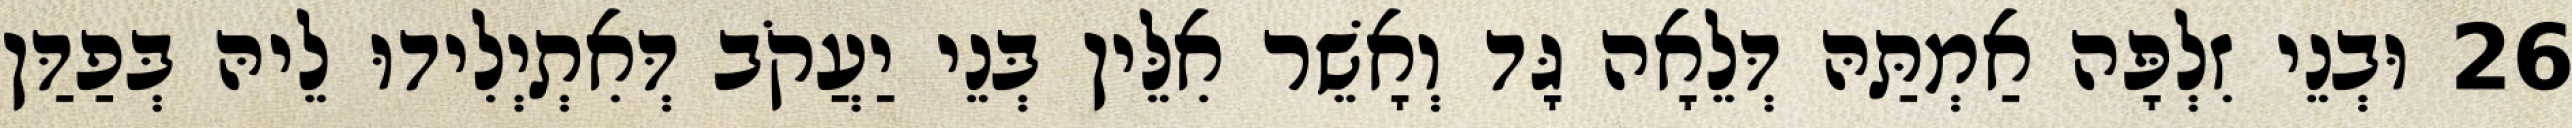
26 וּבְנֵי זִלְפָּה אַמְתַּהּ דְּלֵאָה גָּד וְאָשֵׁר אִלֵּין בְּנֵי יַעֲקֹב דְּאִתְיְלִידוּ לֵיהּ בְּפַדַּן